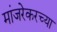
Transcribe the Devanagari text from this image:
मांजरेकरच्या